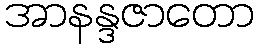
အာနန္ဒဇာတော